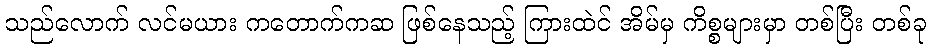
သည်လောက် လင်မယား ကတောက်ကဆ ဖြစ်နေသည့် ကြားထဲင် အိမ်မှ ကိစ္စများမှာ တစ်ပြီး တစ်ခု